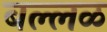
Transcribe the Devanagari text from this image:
बल्लळ